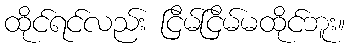
ထိုင်ရင်လည်း ငြိမ်ငြိမ်မထိုင်ဘူး။